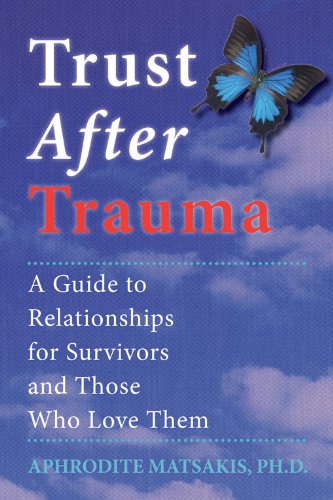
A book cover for Trust After Trauma: A Guide to Relationships for Survivors and Those Who Love Them; Aphrodite T. Matsakis PhD; Health, Fitness & Dieting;